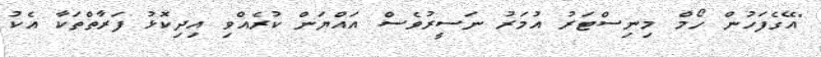
"އޭގެފަހުން ހޯމް މިނިސްޓަރު އުމަރު ނަސީރުވެސް އައްޔަން ކުރެއްވި އިދިކޮޅު ފަރާތްތަކާ އެކު